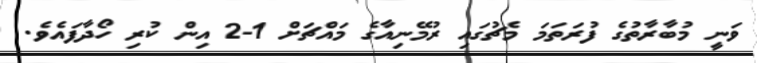
ވަނީ މުބާރާތުގެ ފުރަތަމަ މެޗުގައި ރުމޭނިއާގެ މައްޗަށް 1-2 އިން ކުރި ހޯދާފައެވެ.